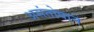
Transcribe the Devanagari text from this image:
असंतोषाने